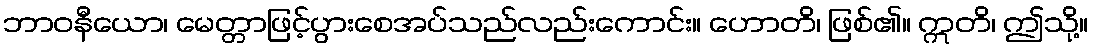
ဘာဝနီယော၊ မေတ္တာဖြင့်ပွားစေအပ်သည်လည်းကောင်း။ ဟောတိ၊ ဖြစ်၏။ ဣတိ၊ ဤသို့။